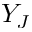
Y _ { J }